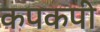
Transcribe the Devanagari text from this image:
कपकपी